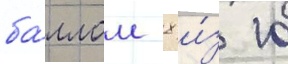
ба́ллом 8 и́з 10